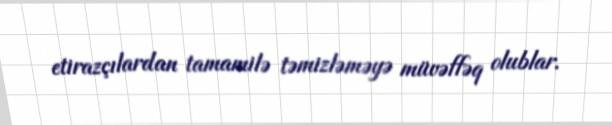
etirazçılardan tamamilə təmizləməyə müvəffəq olublar.